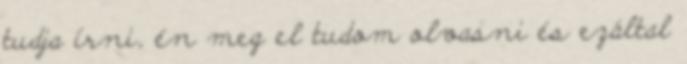
tudja írni, én meg el tudom olvasni és ezáltal